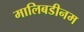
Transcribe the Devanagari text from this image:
मालिबडीनम